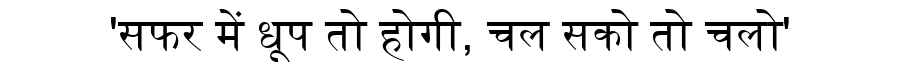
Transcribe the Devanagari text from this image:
'सफर में धूप तो होगी, चल सको तो चलो'